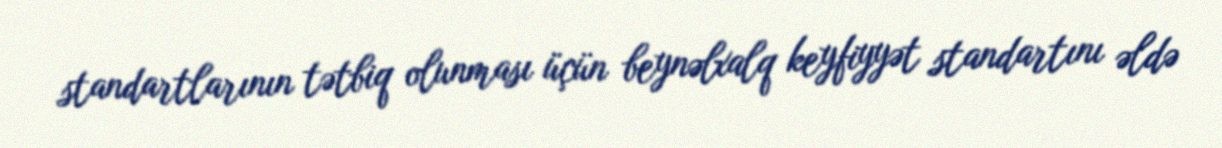
standartlarının tətbiq olunması üçün beynəlxalq keyfiyyət standartını əldə